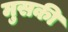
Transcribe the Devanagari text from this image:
मुसकी